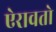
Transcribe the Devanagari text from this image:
ऐरावतो